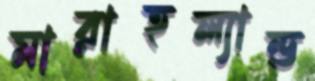
মারাহল্যান্ড